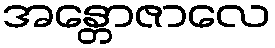
အန္တောဇာလေ